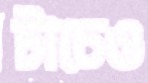
টাচেও